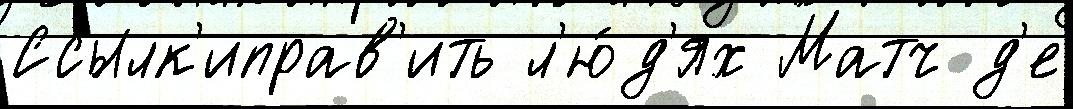
Ссылк'иправ'ить л'ю́д'ях Матч д'е